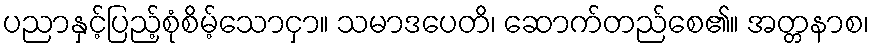
ပညာနှင့်ပြည့်စုံစိမ့်သောငှာ။ သမာဒပေတိ၊ ဆောက်တည်စေ၏။ အတ္တနာစ၊